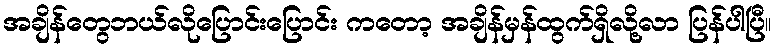
အချိန်တွေဘယ်လိုပြောင်းပြောင်း ကတော့ အချိန်မှန်ထွက်ရှိလို့လာ ပြန်ပါပြီ။